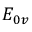
E _ { 0 v }